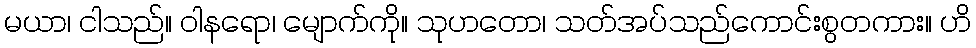
မယာ၊ ငါသည်။ ဝါနရော၊ မျောက်ကို။ သုဟတော၊ သတ်အပ်သည်ကောင်းစွတကား။ ဟိ